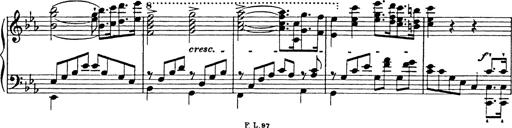
Title: Festmarsch zur SÃ¤cularfeier von Goethes Geburtstag
Composer: Franz Liszt